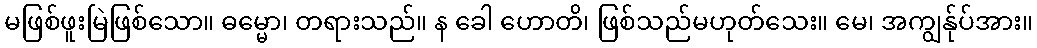
မဖြစ်ဖူးမြဲဖြစ်သော။ ဓမ္မော၊ တရားသည်။ န ခေါ ဟောတိ၊ ဖြစ်သည်မဟုတ်သေး။ မေ၊ အကျွန်ုပ်အား။